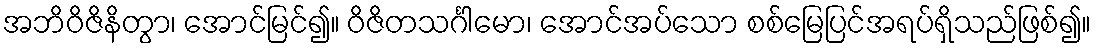
အဘိဝိဇိနိတွာ၊ အောင်မြင်၍။ ဝိဇိတသင်္ဂါမော၊ အောင်အပ်သော စစ်မြေပြင်အရပ်ရှိသည်ဖြစ်၍။